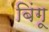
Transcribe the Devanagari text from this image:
बिंगू